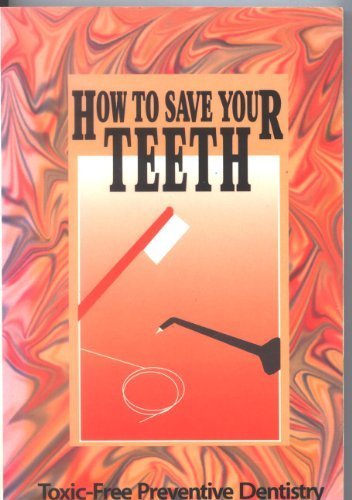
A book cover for How to Save Your Teeth: Toxic-Free Preventive Dentistry; David Kennedy; Medical Books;